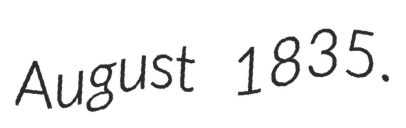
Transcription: August 1835.